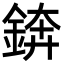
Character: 錛